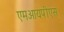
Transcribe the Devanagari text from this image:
एमआयपीएस